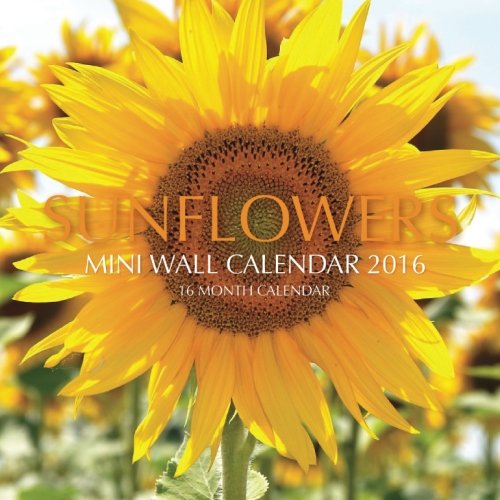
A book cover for Sunflowers Mini Wall Calendar 2016: 16 Month Calendar; Jack Smith; Calendars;